Bréfritari: Sigurður Eiríksson
Viðtakandi: Jón Borgfirðings Jónsson
Dagsetning: A-1860-01-19
Skrifað á: Ingjaldsstöðum  S-Þing.

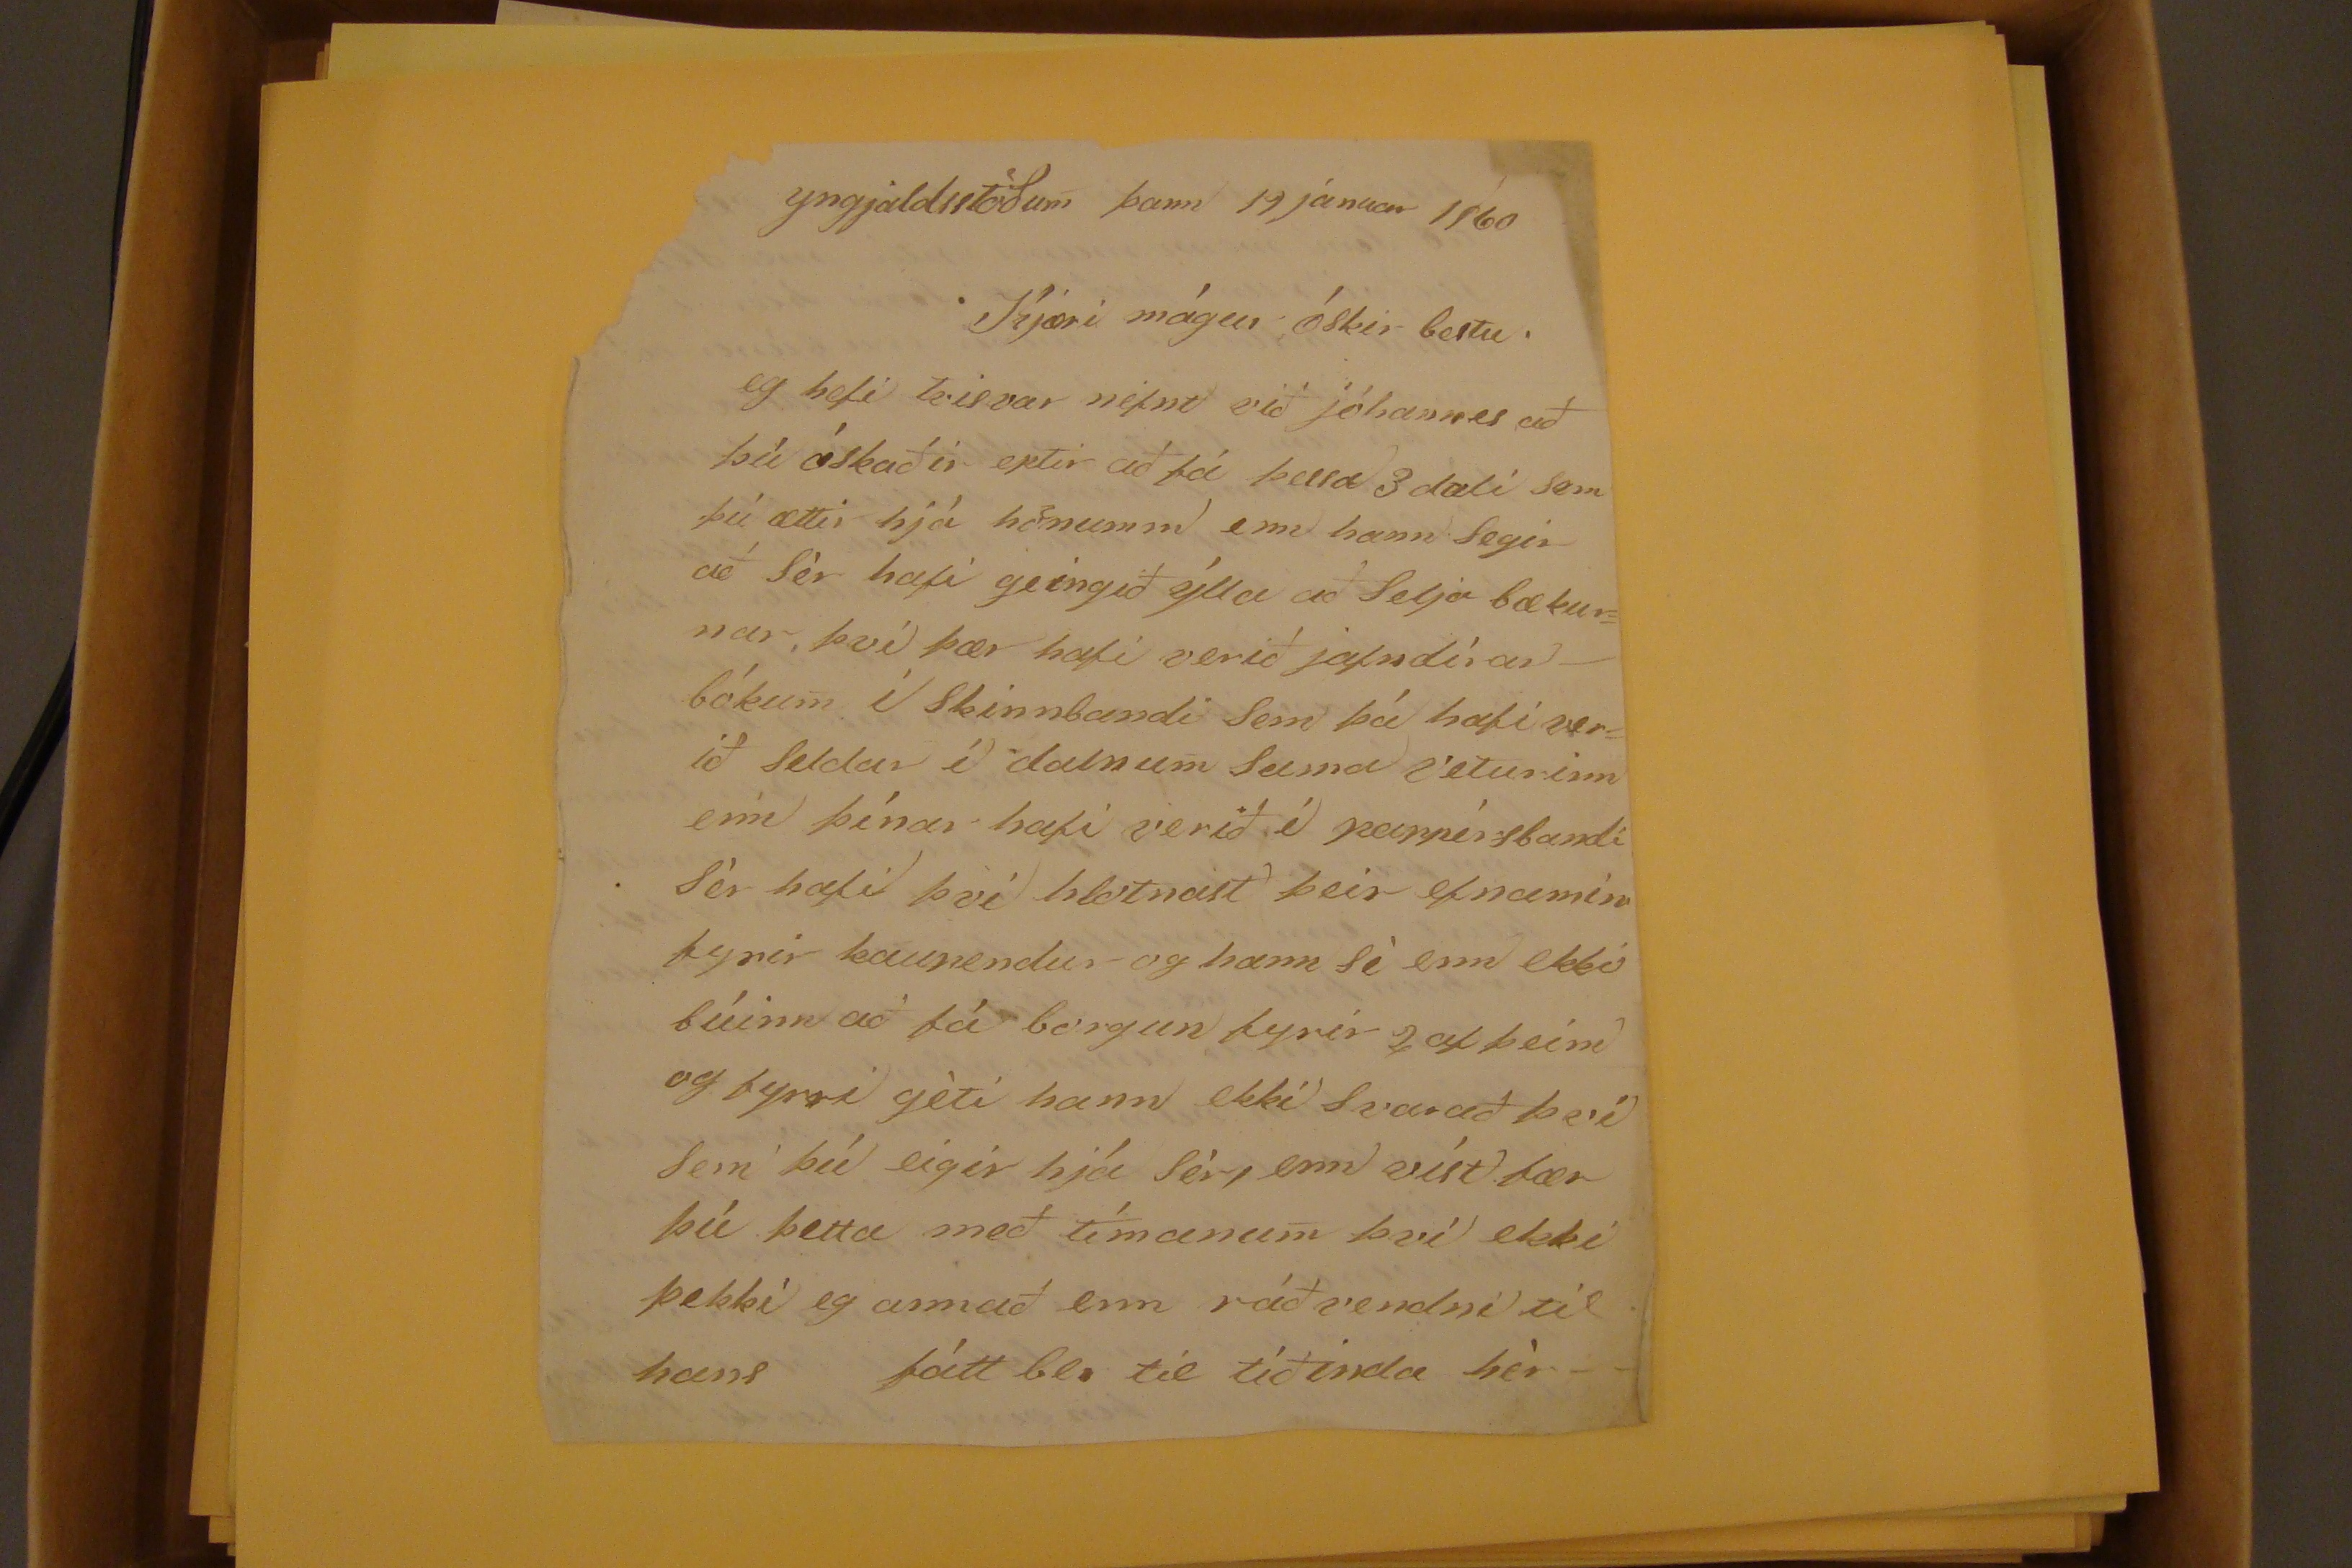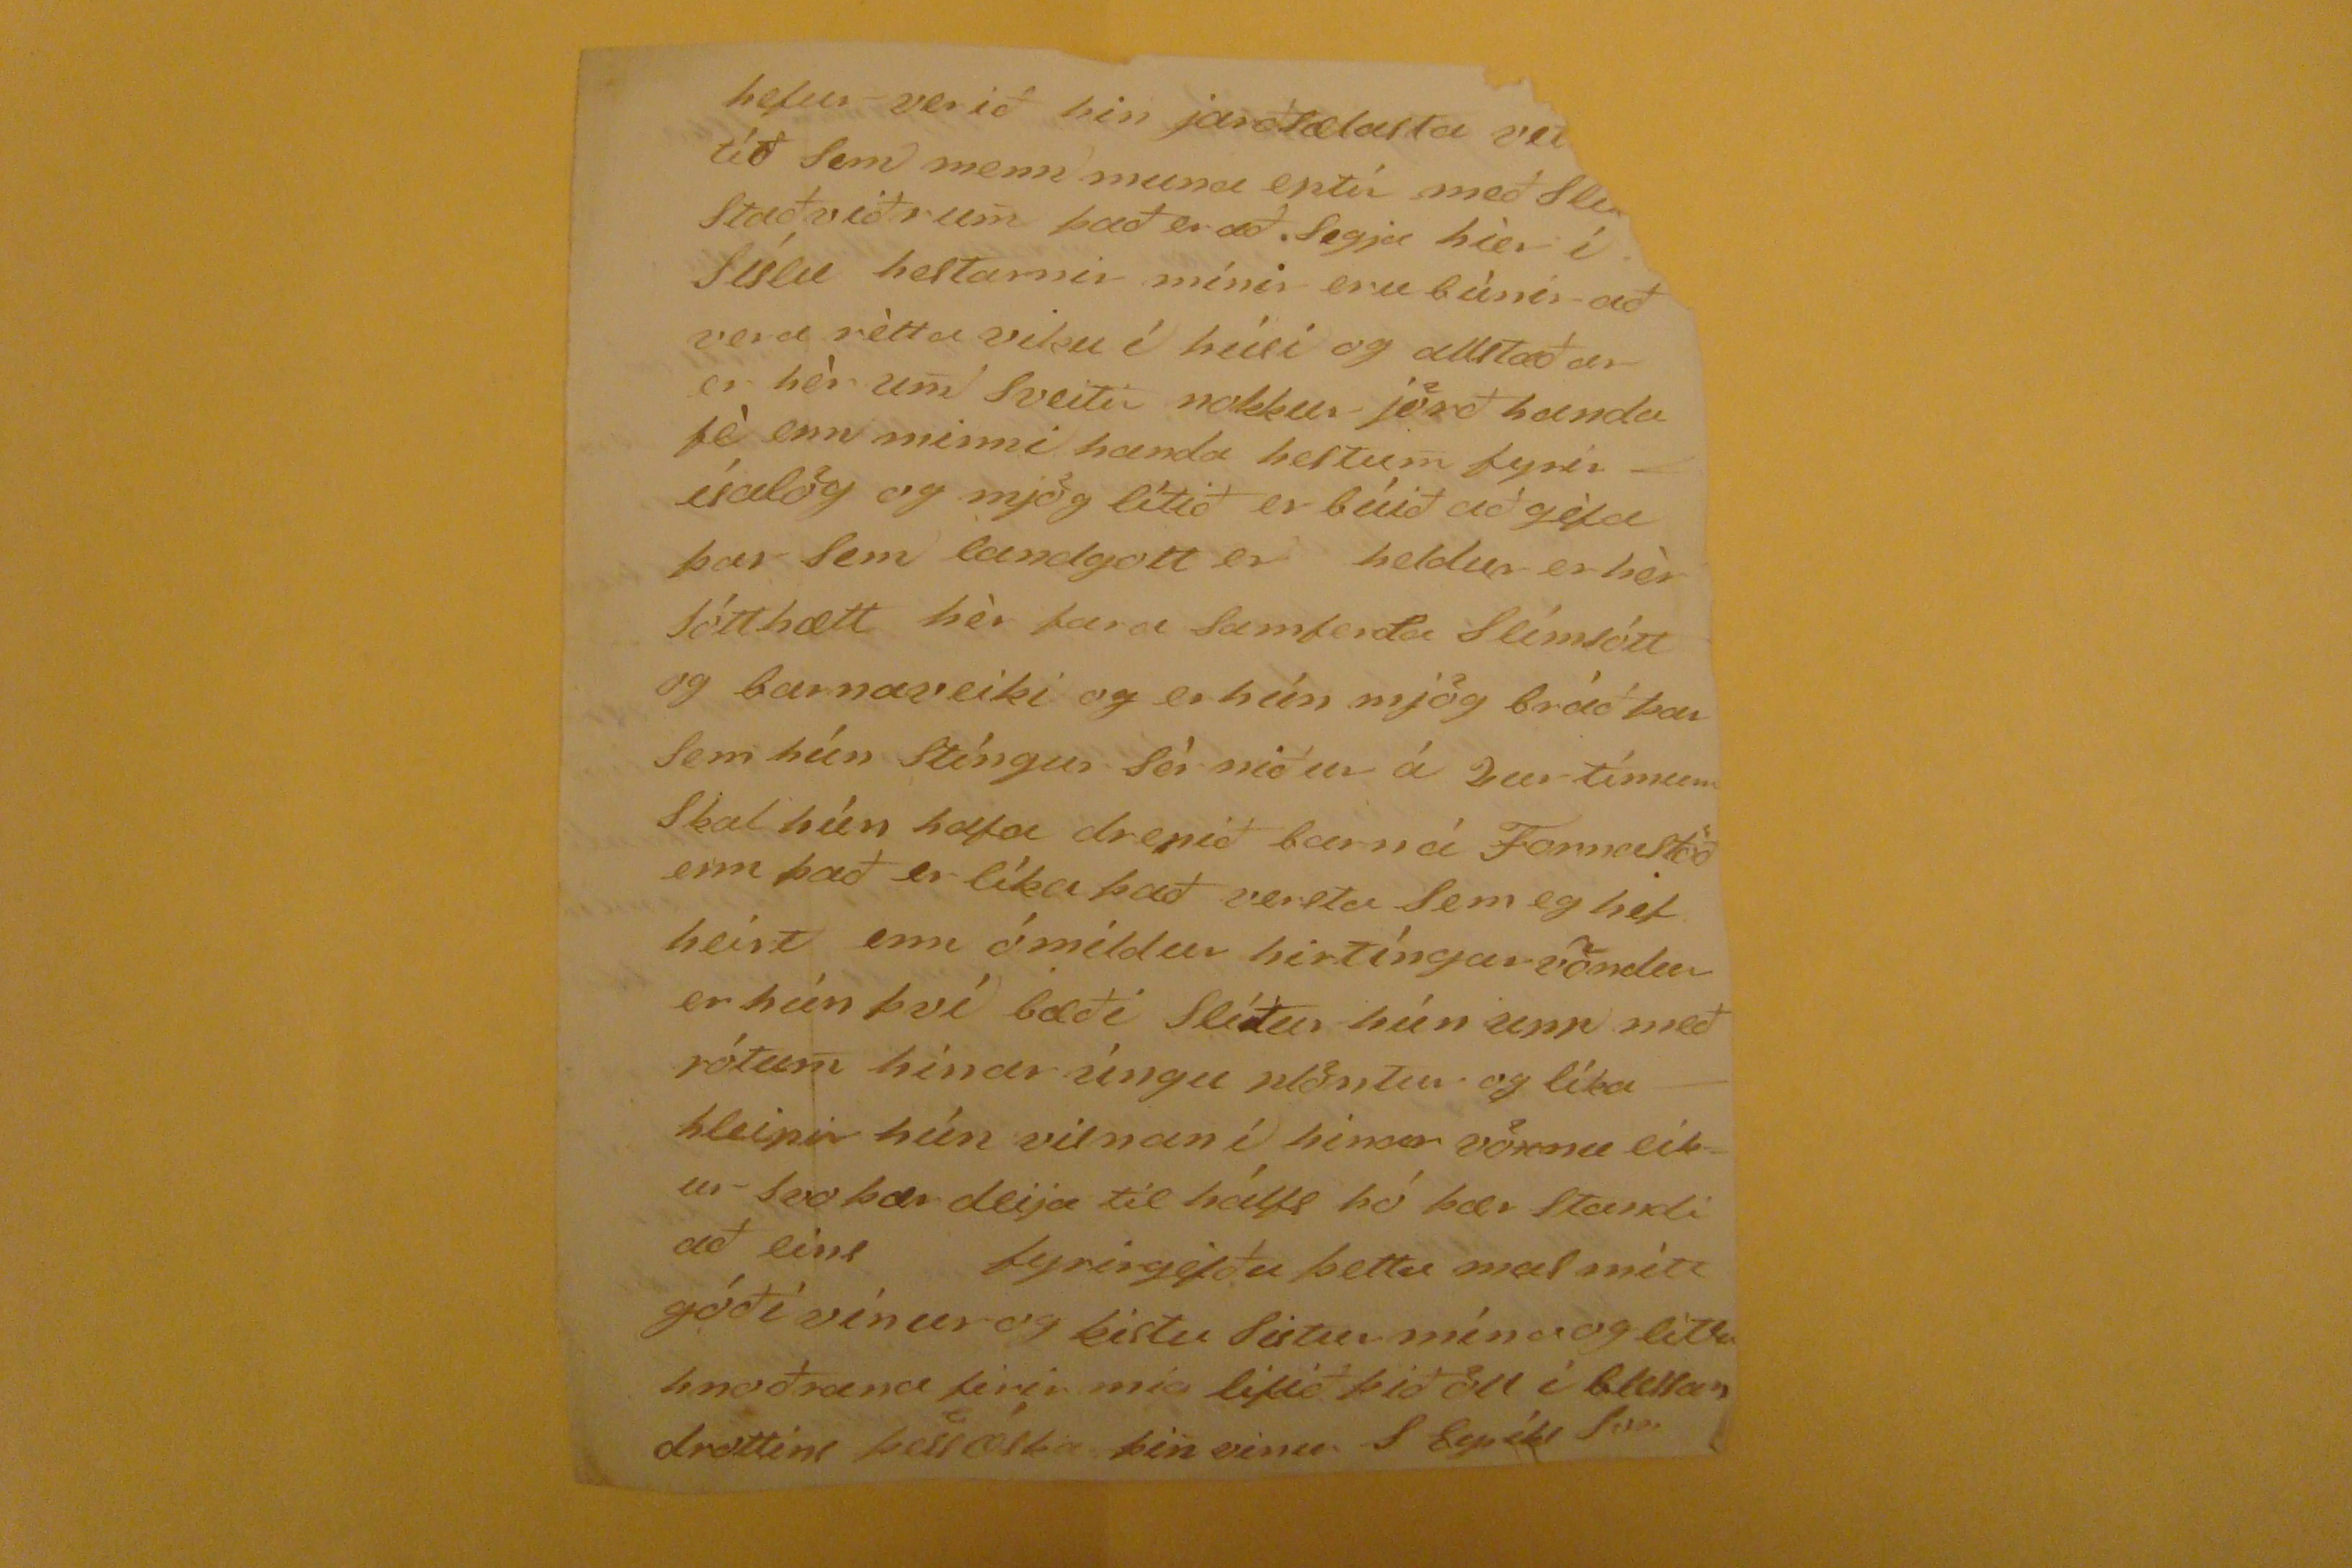

yngjaldsstöðum þann 19 januar 1860
Kjæri mágur óskir bestu
eg hefi tvisvar nefnt við jóhannes að þú óskaðir eptir að fá þessa 3 dali sem þú ættir hjá hönumm enn hann segir að sér hafi geingið ýla að selja bækurnar, því þær hafi verið jafndírar bókum í skinnbandi sem þú hafi verið seldur í dalnum sama veturinn enn þínar hafi verið í pappírsbandi sér hafi því hlotnast þeir efnamín fyrir kaupendur og hann sé enn ekki búinn að fá borgun fyrir 2 af þeim og fyrri géti hann ekki svarað því sem þú eigir hjá sér, enn víst fær þú þetta með tímanum því ekki þekki eg annað enn ráðvendni til hans fátt
bl.
til tíðinda hér - -
hefur verið hin jarðsælsta
vet??
tíð sem menn muna eptir með
sl??
staðviðrum það er að segja hier í síslu hestarnir mínur eru búnir að vera rétta viku í húsi og allstaðar er hér um sveitir nokkur jörð handa fé enn minni handa hestum fyrir ísalög og mjög lítið er búið að géfa þar sem landgott er heldur er hér sótthætt hér fara samferða slímsótt og barnaveiki og er hún mjög bráð þau sem hún stíngur sér niður á 2ur tímum skal hún hafa drepið barn á Fornastöð enn það er líka það versta sem eg hef heirt enn ómildur hirtíngarvöndur er hún því bæði slítur hún upp með rótum hinar úngu
nlóntur
og líka hleipir hún vilnan í hinar vöxnu eikur svo þær deija itl hálfs þó þær standi að eins fyrirgéfðu þetta mas mitt góði vinur og kistu sistur mína og litlu hnoðrana firir mig lifið þið öll í
blessun
drottins þess óskar þin vinur S Eyríks Son